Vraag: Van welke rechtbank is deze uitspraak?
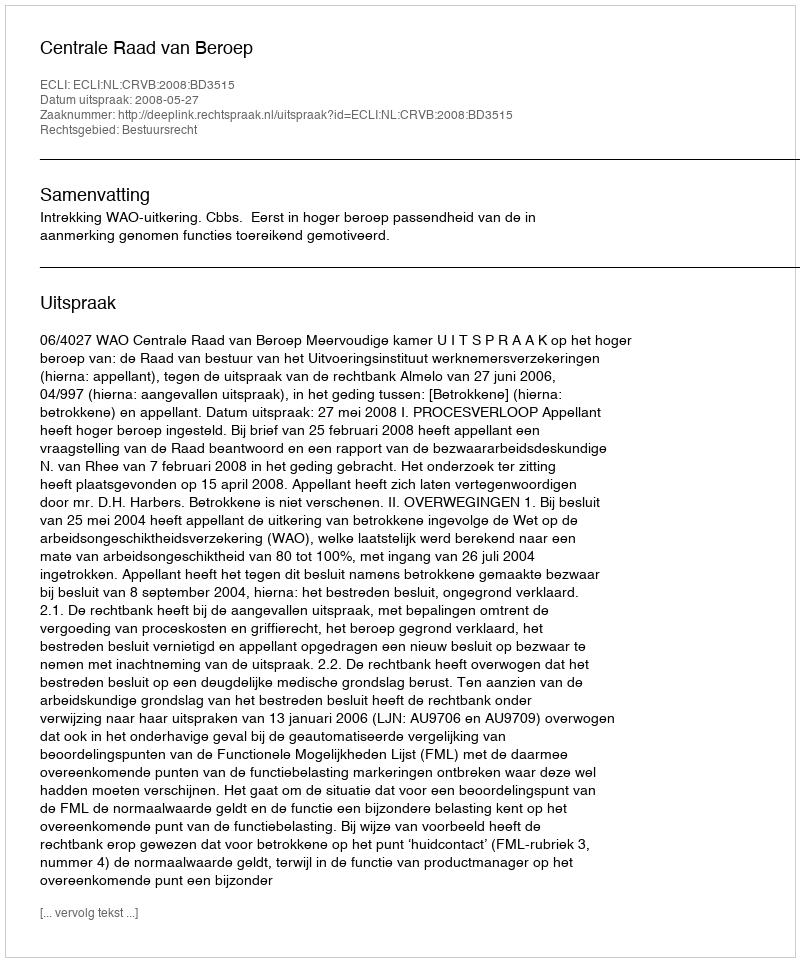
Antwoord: Centrale Raad van Beroep